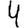
Digit: 4